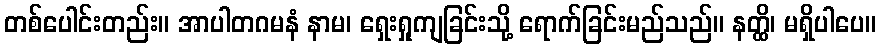
တစ်ပေါင်းတည်း။ အာပါတဂမနံ နာမ၊ ရှေးရှုကျခြင်းသို့ ရောက်ခြင်းမည်သည်။ နတ္ထိ၊ မရှိပါပေ။